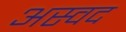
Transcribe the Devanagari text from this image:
अस्वद